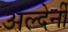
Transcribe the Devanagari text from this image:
अल्देर्नी